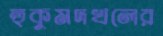
হুকুমদখলের